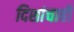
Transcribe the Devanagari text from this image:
दिशांचाही